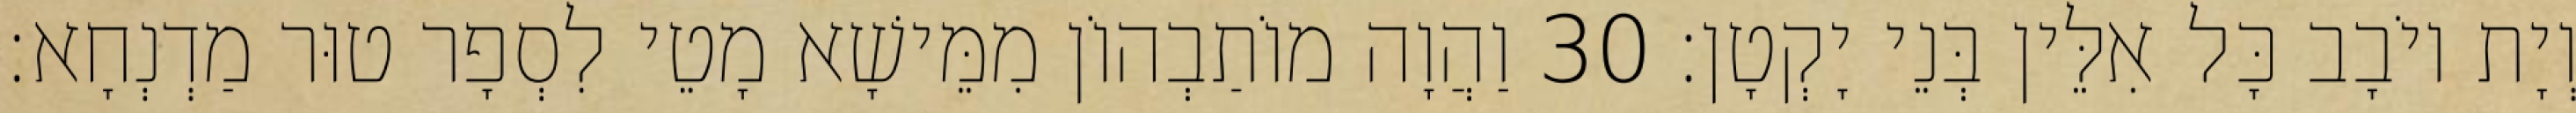
וְיָת יוֹבָב כָּל אִלֵּין בְּנֵי יָקְטָן׃ 30 וַהֲוָה מוֹתַבְהוֹן מִמֵּישָׁא מָטֵי לִסְפָר טוּר מַדְנְחָא׃